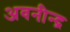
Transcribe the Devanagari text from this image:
अवनीन्द्र